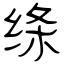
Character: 绦